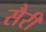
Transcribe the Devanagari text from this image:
सैरी